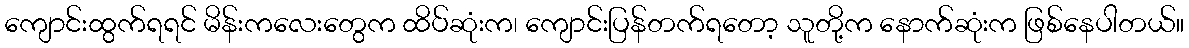
ကျောင်းထွက်ရရင် မိန်းကလေးတွေက ထိပ်ဆုံးက၊ ကျောင်းပြန်တက်ရတော့ သူတို့က နောက်ဆုံးက ဖြစ်နေပါတယ်။